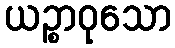
ယဉ္စာဝုသော